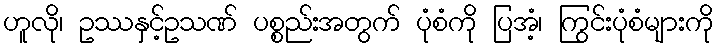
ဟူလို၊ ဥဿနှင့်ဥသဏ် ပစ္စည်းအတွက် ပုံစံကို ပြအံ့၊ ကြွင်းပုံစံများကို